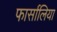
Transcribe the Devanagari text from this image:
फार्सालिया